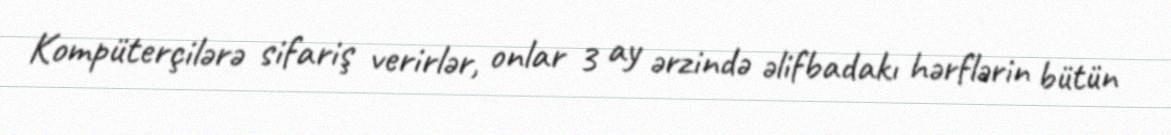
Kompüterçilərə sifariş verirlər, onlar 3 ay ərzində əlifbadakı hərflərin bütün